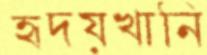
হৃদয়খানি